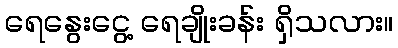
ရေနွေးငွေ့ ရေချိုးခန်း ရှိသလား။